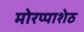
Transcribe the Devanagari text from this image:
मोरप्पाशेठ